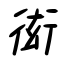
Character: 衒